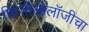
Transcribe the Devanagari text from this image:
फिजीओलॉजीचा